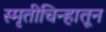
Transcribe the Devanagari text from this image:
स्मृतीचिन्हातून